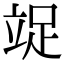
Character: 䇍